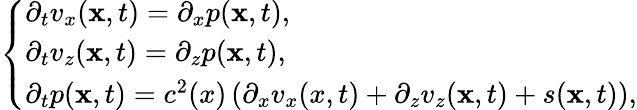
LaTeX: \left\{ \begin{array}{ll}{\partial_{t}v_{x}(\mathbf{x},t)=\partial_{x}p(\mathbf{x},t),}\\ {\partial_{t}v_{z}(\mathbf{x},t)=\partial_{z}p(\mathbf{x},t),}\\ {\partial_{t}p(\mathbf{x},t)=c^{2}(x)\left(\partial_{x}v_{x}(x,t)+\partial_{z}v_{z}(\mathbf{x},t)+s(\mathbf{x},t)\right),}\end{array}\right.